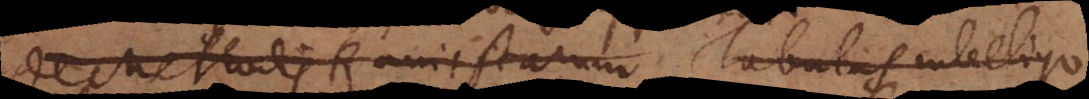
Methodis Ramistarum Tabulas intelligo